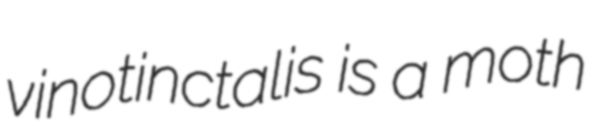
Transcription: vinotinctalis is a moth